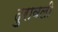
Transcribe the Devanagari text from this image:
दुरावली